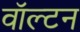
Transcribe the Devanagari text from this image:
वाॅल्टन